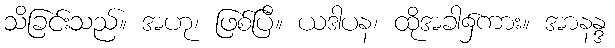
သိခြင်းသည်။ အဟု၊ ဖြစ်ပြီ။ ယဒါပန၊ ထိုအခါ၌ကား။ အာနန္ဒ